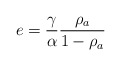
\begin{align*} e= \frac{\gamma}{\alpha} \frac{\rho_a}{1-\rho_a}\end{align*}